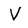
Character: V